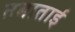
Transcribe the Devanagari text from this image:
तबाताई